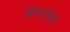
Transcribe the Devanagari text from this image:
सिनारियो